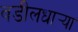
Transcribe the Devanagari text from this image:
वडीलधार्‍या